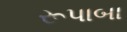
રૂપાબા